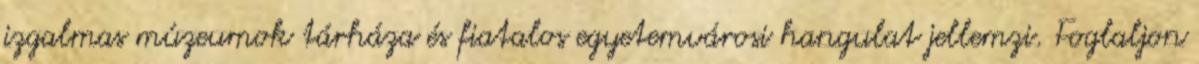
izgalmas múzeumok tárháza és fiatalos egyetemvárosi hangulat jellemzi. Foglaljon